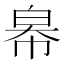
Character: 㡍